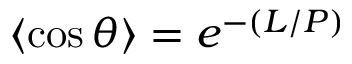
\langle \cos { \theta } \rangle = e ^ { - ( L / P ) }